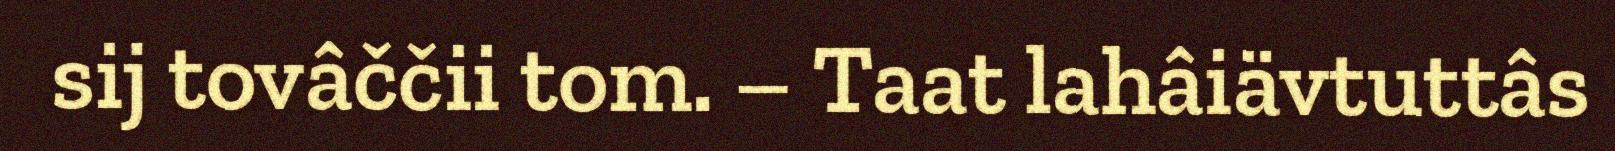
sij tovâččii tom. – Taat lahâiävtuttâs